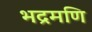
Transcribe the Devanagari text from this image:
भद्रमणि